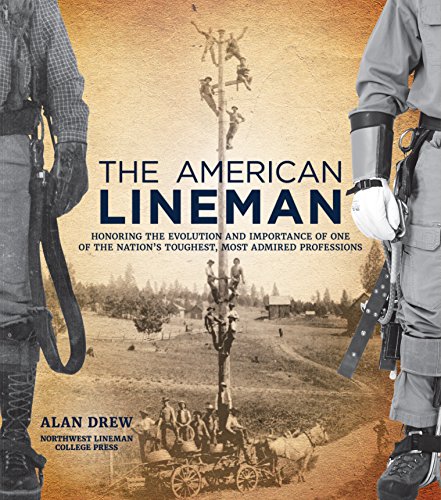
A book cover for The American Lineman: Honoring the Evolution and Importance of One of the Nation's Toughest, Most Admired Professions; Alan Drew; Engineering & Transportation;